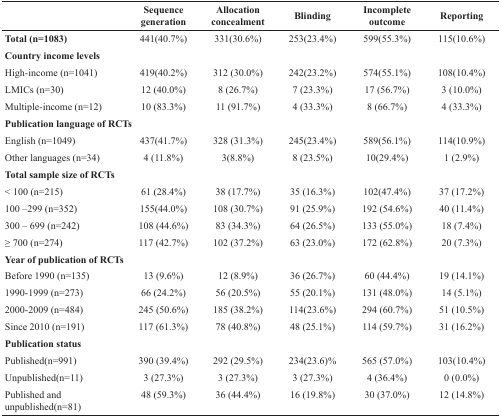
<table><thead><tr><td></td><td><b>Sequence generation</b></td><td><b>Allocation concealment</b></td><td><b>Blinding</b></td><td><b>Incomplete outcome</b></td><td><b>Reporting</b></td></tr></thead><tbody><tr><td><b>Total (n=1083)</b></td><td>441(40.7%)</td><td>331(30.6%)</td><td>253(23.4%)</td><td>599(55.3%)</td><td>115(10.6%)</td></tr><tr><td colspan="6"><b>Country income levels</b></td></tr><tr><td>High-income (n=1041)</td><td>419(40.2%)</td><td>312 (30.0%)</td><td>242(23.2%)</td><td>574(55.1%)</td><td>108(10.4%)</td></tr><tr><td>LMICs (n=30)</td><td>12 (40.0%)</td><td>8 (26.7%)</td><td>7 (23.3%)</td><td>17 (56.7%)</td><td>3 (10.0%)</td></tr><tr><td>Multiple-income (n=12)</td><td>10 (83.3%)</td><td>11 (91.7%)</td><td>4 (33.3%)</td><td>8 (66.7%)</td><td>4 (33.3%)</td></tr><tr><td colspan="6"><b>Publication language of RCTs</b></td></tr><tr><td>English (n=1049)</td><td>437(41.7%)</td><td>328 (31.3%)</td><td>245(23.4%)</td><td>589(56.1%)</td><td>114(10.9%)</td></tr><tr><td>Other languages (n=34)</td><td>4 (11.8%)</td><td>3(8.8%)</td><td>8 (23.5%)</td><td>10(29.4%)</td><td>1 (2.9%)</td></tr><tr><td colspan="6"><b>Total sample size of RCTs</b></td></tr><tr><td>&lt; 100 (n=215)</td><td>61 (28.4%)</td><td>38 (17.7%)</td><td>35 (16.3%)</td><td>102(47.4%)</td><td>37 (17.2%)</td></tr><tr><td>100 –299 (n=352)</td><td>155(44.0%)</td><td>108 (30.7%)</td><td>91 (25.9%)</td><td>192 (54.6%)</td><td>40 (11.4%)</td></tr><tr><td>300 – 699 (n=242)</td><td>108 (44.6%)</td><td>83 (34.3%)</td><td>64 (26.5%)</td><td>133 (55.0%)</td><td>18 (7.4%)</td></tr><tr><td>≥ 700 (n=274)</td><td>117 (42.7%)</td><td>102 (37.2%)</td><td>63 (23.0%)</td><td>172 (62.8%)</td><td>20 (7.3%)</td></tr><tr><td colspan="6"><b>Year of publication of RCTs</b></td></tr><tr><td>Before 1990 (n=135)</td><td>13 (9.6%)</td><td>12 (8.9%)</td><td>36 (26.7%)</td><td>60 (44.4%)</td><td>19 (14.1%)</td></tr><tr><td>1990-1999 (n=273)</td><td>66 (24.2%)</td><td>56 (20.5%)</td><td>55 (20.1%)</td><td>131 (48.0%)</td><td>14 (5.1%)</td></tr><tr><td>2000-2009 (n=484)</td><td>245 (50.6%)</td><td>185 (38.2%)</td><td>114(23.6%)</td><td>294 (60.7%)</td><td>51 (10.5%)</td></tr><tr><td>Since 2010 (n=191)</td><td>117 (61.3%)</td><td>78 (40.8%)</td><td>48 (25.1%)</td><td>114 (59.7%)</td><td>31 (16.2%)</td></tr><tr><td colspan="6"><b>Publication status</b></td></tr><tr><td>Published(n=991)</td><td>390 (39.4%)</td><td>292 (29.5%)</td><td>234(23.6)%</td><td>565 (57.0%)</td><td>103(10.4%)</td></tr><tr><td>Unpublished(n=11)</td><td>3 (27.3%)</td><td>3 (27.3%)</td><td>3 (27.3%)</td><td>4 (36.4%)</td><td>0 (0.0%)</td></tr><tr><td>Published and unpublished(n=81)</td><td>48 (59.3%)</td><td>36 (44.4%)</td><td>16 (19.8%)</td><td>30 (37.0%)</td><td>12 (14.8%)</td></tr></tbody></table>